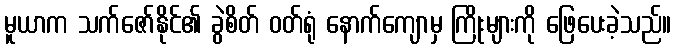
မူယာက သက်ဇော်နိုင်၏ ခွဲစိတ် ဝတ်ရုံ နောက်ကျောမှ ကြိုးများကို ဖြေပေးခဲ့သည်။